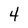
Character: 4